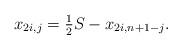
LaTeX: \begin{align*} x_{2i,j} = \tfrac{1}{2} S - x_{2i,n+1-j}.\end{align*}